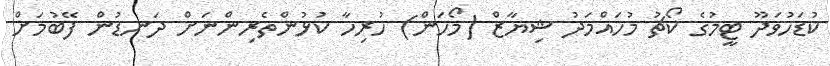
ކުޑަހުވަދޫ ޓީމުގެ ކޯޗު މުހައްމަދު ޝިޔާޒް (މޯހަން) ހުރިހާ ކުޅުންތެރިންނަށް ދަނޑުން ފޭބުމަށް